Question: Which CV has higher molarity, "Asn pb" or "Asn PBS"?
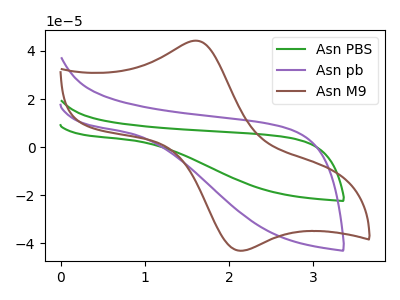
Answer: <think>The green curve "Asn PBS" has no peaks. The purple curve "Asn pb" has no peaks. The brown curve "Asn M9" has an anodic peak at (1.60V, 44.30uA) and a cathodic peak at (2.15V, -43.05uA).
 Neither "Asn pb" or "Asn PBS" have any peaks.</think>
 <answer>I cant tell if "Asn pb" or "Asn PBS" has higher concentration.</answer>
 <eval>mixed_concentration</eval>